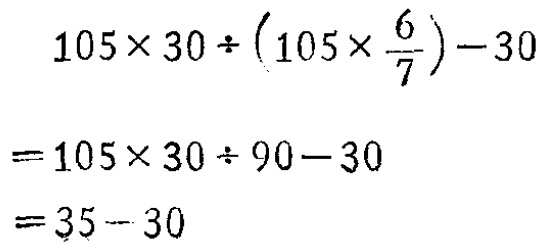
\[

\begin{align*}

&105\times30\div\left(105\times\frac{6}{7}\right)-30\\

=&105\times30\div90 - 30\\

=&35 - 30

\end{align*}

\]